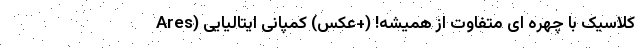
کلاسیک با چهره ای متفاوت از همیشه! (+عکس) کمپانی ایتالیایی (Ares